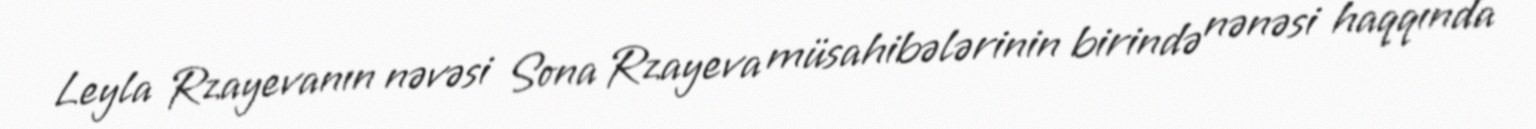
Leyla Rzayevanın nəvəsi Sona Rzayeva müsahibələrinin birində nənəsi haqqında